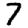
Digit: 7